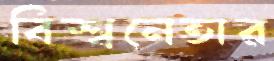
বিশ্বনেতার